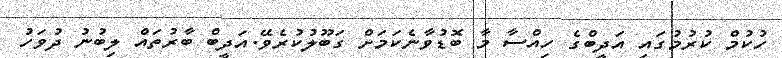
ހުކުމް ކުރުމުގައި އަދީބްގެ ހިއްސާ މާ ބޮޑުވާނެކަމަށް ގަބޫލުކުރެވޭ.އަދީބް ބާރުތައް ލިބުނު ދުވަހު